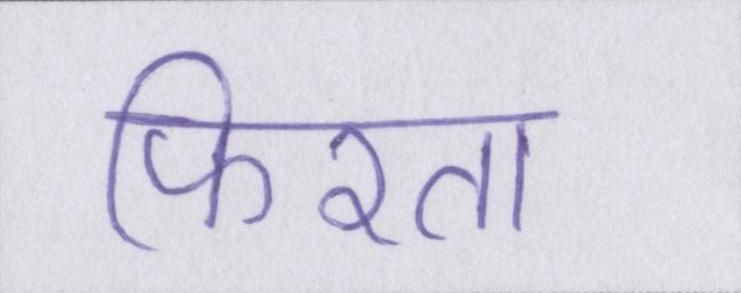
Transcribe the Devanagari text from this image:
फिरता